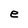
Character: e